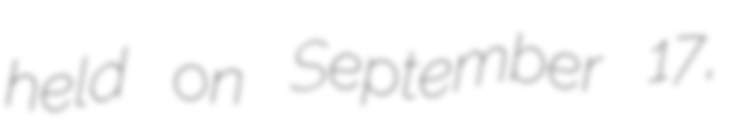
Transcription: held on September 17,